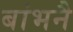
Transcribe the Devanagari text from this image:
बांभनै